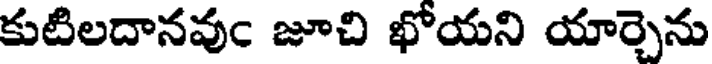
కుటిలదానవుం జూచి ఖోయని యార్చెను